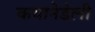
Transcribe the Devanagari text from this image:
कयानेडेली